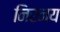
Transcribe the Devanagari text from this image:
निरनय